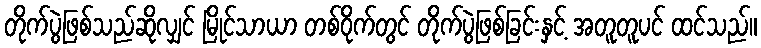
တိုက်ပွဲဖြစ်သည်ဆိုလျှင် မြိုင်သာယာ တစ်ဝိုက်တွင် တိုက်ပွဲဖြစ်ခြင်းနှင့် အတူတူပင် ထင်သည်။